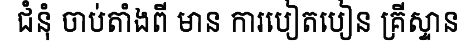
ជំនុំ ចាប់តាំងពី មាន ការបៀតបៀន គ្រីស្ទាន